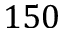
1 5 0